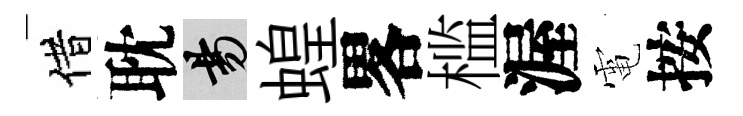
借耽昜蝗畧槛渥電按